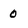
Character: 0